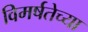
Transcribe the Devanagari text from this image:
विमर्षतेच्या